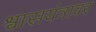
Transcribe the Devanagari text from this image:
श्वासयंत्रावर